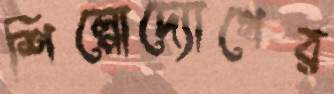
শিল্পোদ্যোগের